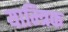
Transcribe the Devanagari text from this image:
याम्त्रिक